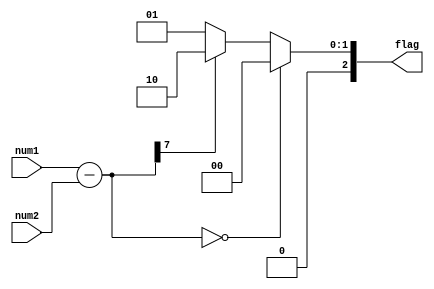
module unsigned_comparator (
    input [7:0] num1,
    input [7:0] num2,
    output reg [2:0] flag
);

reg [7:0] diff;

always @ (num1 or num2) begin
    diff = num1 - num2;
    if(diff == 8'h00) begin
        flag = 3'b000; // equal
    end else if(diff[7] == 1'b1) begin
        flag = 3'b010; // num1 is greater than num2
    end else begin
        flag = 3'b001; // num1 is less than num2
    end
end

endmodule